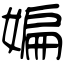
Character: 媥